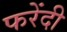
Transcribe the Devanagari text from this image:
फरेंदी